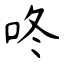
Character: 咚